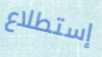
إستطلاع